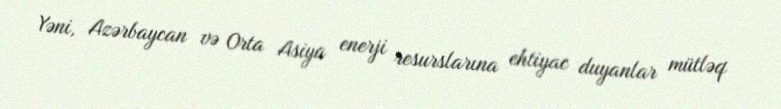
Yəni, Azərbaycan və Orta Asiya enerji resurslarına ehtiyac duyanlar mütləq